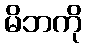
မိဘကို